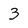
Character: 3